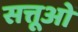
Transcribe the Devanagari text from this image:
सत्तूओं